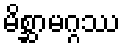
မိစ္ဆာမဂ္ဂဿ